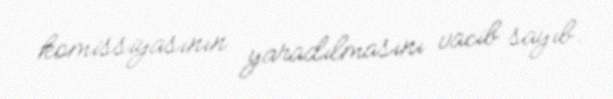
komissiyasının yaradılmasını vacib sayıb.